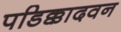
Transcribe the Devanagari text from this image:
पडिक्कादवन